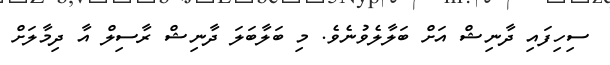
ސިހިފައި ދާނިޝް އަށް ބަލާލެވުނެވެ. މި ބަލާބަލަ ދާނިޝް ރާސިލް އާ ދިމާލަށް